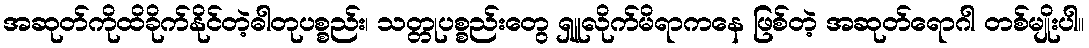
အဆုတ်ကိုထိခိုက်နိုင်တဲ့ဓါတုပစ္စည်း၊ သတ္တုပစ္စည်းတွေ ရှူလိုက်မိရာကနေ ဖြစ်တဲ့ အဆုတ်ရောဂါ တစ်မျိုးပါ။